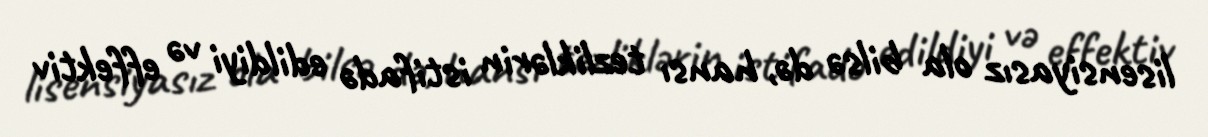
lisensiyasız ola bilsə də, hansı tezliklərin istifadə edildiyi və effektiv